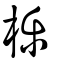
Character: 櫟